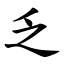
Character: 乏